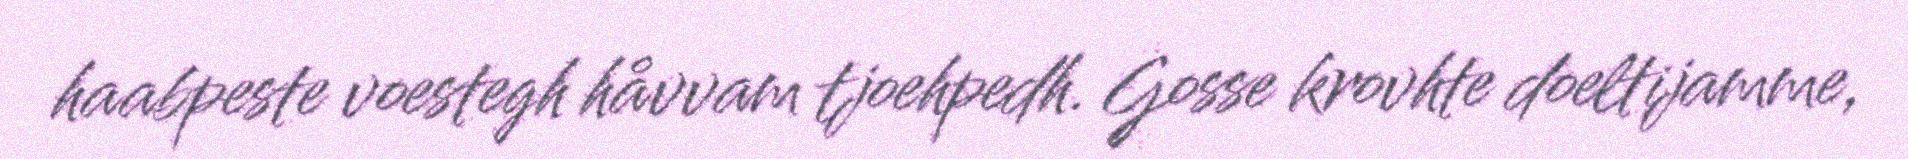
haabpeste voestegh håvvam tjoehpedh. Gosse krovhte doeltijamme,